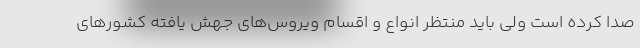
صدا کرده است ولی باید منتظر انواع و اقسام ویروس‌های جهش یافته کشورهای